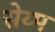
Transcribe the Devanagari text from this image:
सेय्म